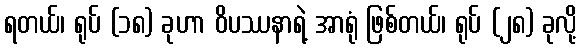
ရတယ်၊ ရုပ် (၁၈) ခုဟာ ဝိပဿနာရဲ့ အာရုံ ဖြစ်တယ်၊ ရုပ် (၂၈) ခုလို့